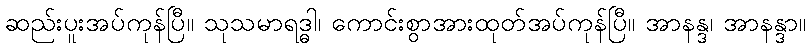
ဆည်းပူးအပ်ကုန်ပြီ။ သုသမာရဒ္ဓါ၊ ကောင်းစွာအားထုတ်အပ်ကုန်ပြီ။ အာနန္ဒ၊ အာနန္ဒာ။